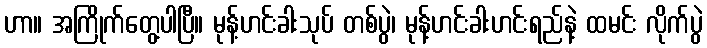
ဟာ။ အကြိုက်တွေ့ပါပြီ။ မုန့်ဟင်းခါးသုပ် တစ်ပွဲ၊ မုန့်ဟင်းခါးဟင်းရည်နဲ့ ထမင်း လိုက်ပွဲ